Report on the working of the mental hospitals for Indians in Bihar and Orissa - 1925-1929
Year: 1925
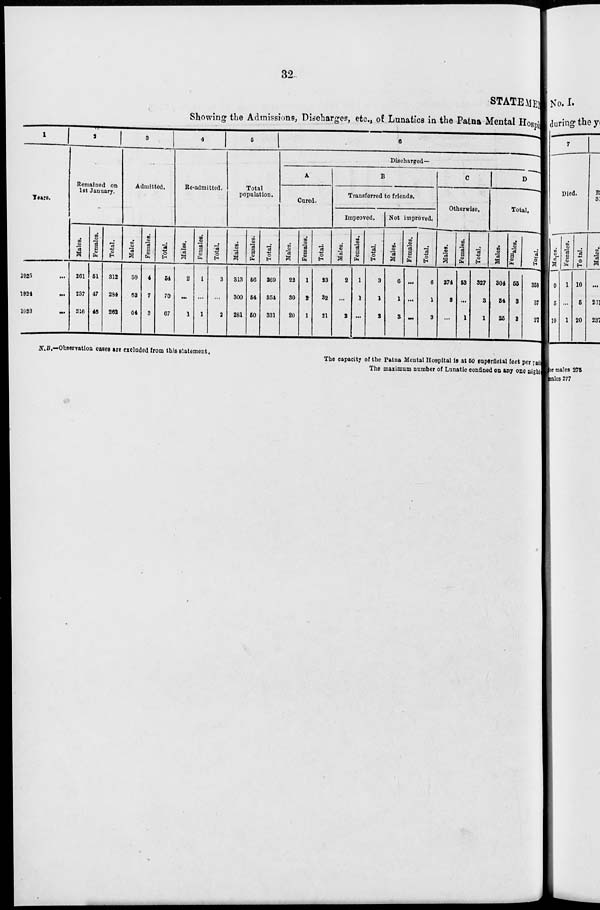
32.
STATEMENT
Showing the Admissions, Discharges, etc., of Lunatics in the Patna Mental Hospital.
1
Years.
1925 ...
1924 ...
1923
...
2
Remained on
1st January.
Males.
261
237
216
Females.
51
47
46
Total.
312
284
262
3
Admitted.
Males.
50
63
64
Females.
4
7
3
Total.
54
70
67
4
Re-admitted.
Males.
2
...
1
Females.
1
...
1
Total.
3
...
2
5
Total
population.
Males.
313
300
281
Females.
56
54
50
Total.
369
354
331
6
Discharged—
A
Cured.
Males.
22
30
20
Females.
1
2
1
Total.
23
32
21
B
Transferred to friends.
Improved.
Males.
2
...
2
Females.
1
1
...
Total.
3
1
2
Not improved.
Males.
6
1
3
Females.
...
...
...
Total.
6
1
3
C
Otherwise.
Males.
274
3
...
Females.
53
...
1
Total.
327
3
1
D
Total.
Males.
304
34
25
Females.
55
3
2
Total.
359
37
27
N.B.—Observation cases are excluded from this statement.
The capacity of the Patna Mental Hospital is at 50 superficial feet per patient
The maximum number of Lunatic confined on any one night